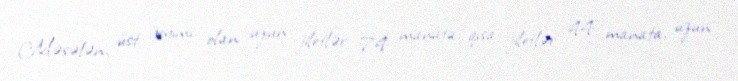
Məsələn, üst geyimi olan uzun jiletlər 74 manata, qısa jiletlər 44 manata, uzun